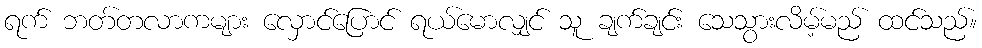
ရက် ဘတ်တလာကများ လှောင်ပြောင် ရယ်မောလျှင် သူ ချက်ချင်း သေသွားလိမ့်မည် ထင်သည်။